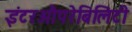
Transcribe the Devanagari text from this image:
इंटरऔपरेबिलिटी